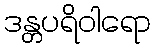
ဒန္တပရိဝါရော